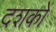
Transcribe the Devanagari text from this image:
दशकाें